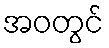
အဝတွင်